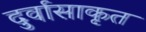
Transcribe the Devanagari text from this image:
दुर्वासाकृत